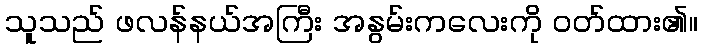
သူသည် ဖလန်နယ်အကြီး အနွမ်းကလေးကို ဝတ်ထား၏။